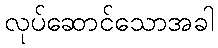
လုပ်ဆောင်သောအခါ